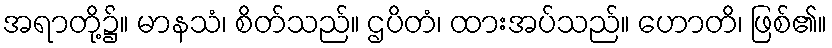
အရာတို့၌။ မာနသံ၊ စိတ်သည်။ ဌပိတံ၊ ထားအပ်သည်။ ဟောတိ၊ ဖြစ်၏။